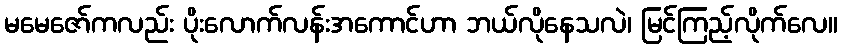
မမေဇော်ကလည်း ပိုးလောက်လန်းအကောင်ဟာ ဘယ်လိုနေသလဲ၊ မြင်ကြည့်လိုက်လေ။